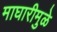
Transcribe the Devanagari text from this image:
माघारीमुळे